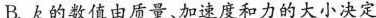
B.k的数值由质量、加速度和力的大小决定